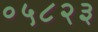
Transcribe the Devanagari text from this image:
०५८२३